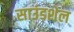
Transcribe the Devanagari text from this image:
साउंडशेल